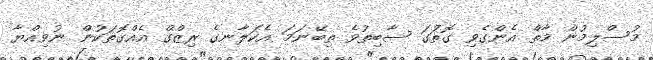
މުސްލިމުން މާތް އެންގެވި ގޮތަުގަ ސާބިތުވެ ތިބޭނަމަ އެކަލާނގެ ރިޒްގް އެއްގޮތަކުން ނުވިއްޔާ